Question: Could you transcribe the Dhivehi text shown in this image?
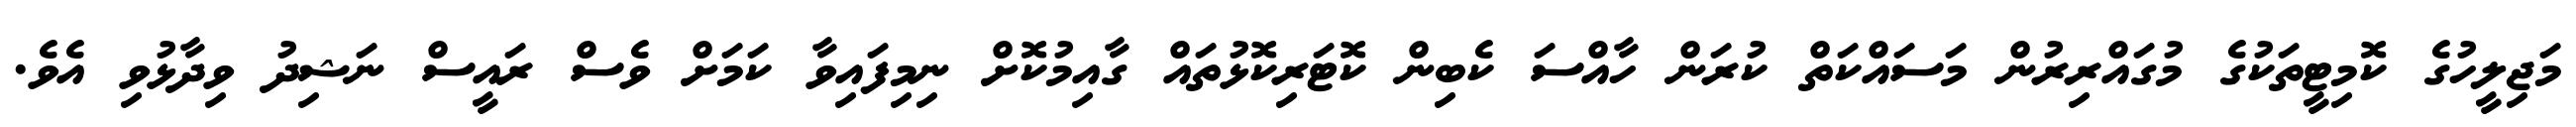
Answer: މަޖިލީހުގެ ކޮމިޓީތަކުގެ މުގައްރިރުން މަސައްކަތް ކުރަން ހާއްސަ ކެބިން ކޮޓަރިކޮޅުތައް ގާއިމުކޮށް ނިމިފައިވާ ކަމަށް ވެސް ރައީސް ނަޝިދު ވިދާޅުވި އެވެ.